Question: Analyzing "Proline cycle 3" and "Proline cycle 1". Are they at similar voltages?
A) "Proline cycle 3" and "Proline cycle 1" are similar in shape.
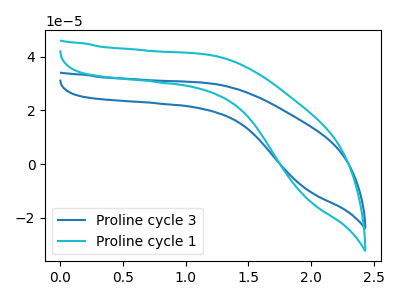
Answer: <think>The blue curve "Proline cycle 3" has no peaks. The cyan curve "Proline cycle 1" has no peaks.
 Neither "Proline cycle 3" or "Proline cycle 1" have any peaks.</think>
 <answer>A) "Proline cycle 3" and "Proline cycle 1" are similar in shape.</answer>
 <eval>A</eval>